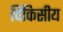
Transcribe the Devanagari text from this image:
चिकिसीय